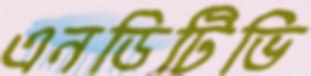
এনডিটিভি